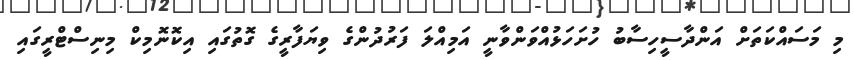
މި މަސައްކަތަށް އަންދާސީހިސާބު ހުށަހަޅުއްވަންވާނީ އަމިއްލަ ފަރުދުންގެ ވިޔަފާރީގެ ގޮތުގައި އިކޮނޮމިކް މިނިސްޓްރީގައި